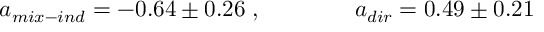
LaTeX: a _ { m i x - i n d } = - 0 . 6 4 \pm 0 . 2 6 \; , ~ ~ ~ ~ ~ ~ ~ ~ ~ ~ ~ ~ a _ { d i r } = 0 . 4 9 \pm 0 . 2 1